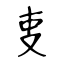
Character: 叓